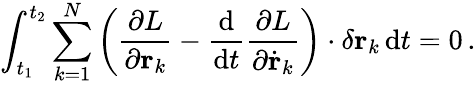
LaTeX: \int_{t_{1}}^{t_{2}}\sum_{k=1}^{N}\left({\frac{\partial L}{\partial\mathbf{r}_{k}}}-{\frac{\mathrm{d}}{\mathrm{d}t}}{\frac{\partial L}{\partial{\dot{\mathbf{r}}}_{k}}}\right)\cdot\delta\mathbf{r}_{k}\, \mathrm{d}t=0\, .